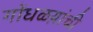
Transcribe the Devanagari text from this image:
गोंधळय़ांची